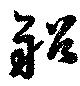
船